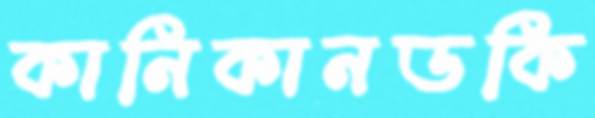
কানিকানডকি